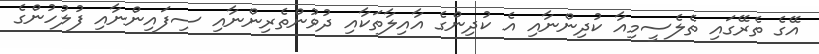
އޭގެ ތެރޭގައި ތެލެސީމިއާ ކުދިންނާއި އެ ކުދިންގެ އާއިލާތަކާއި ދުވުންތެރިންނާއި ސިފައިންނާއި ފުލުހުންގެ